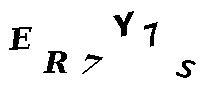
ER7Y7S